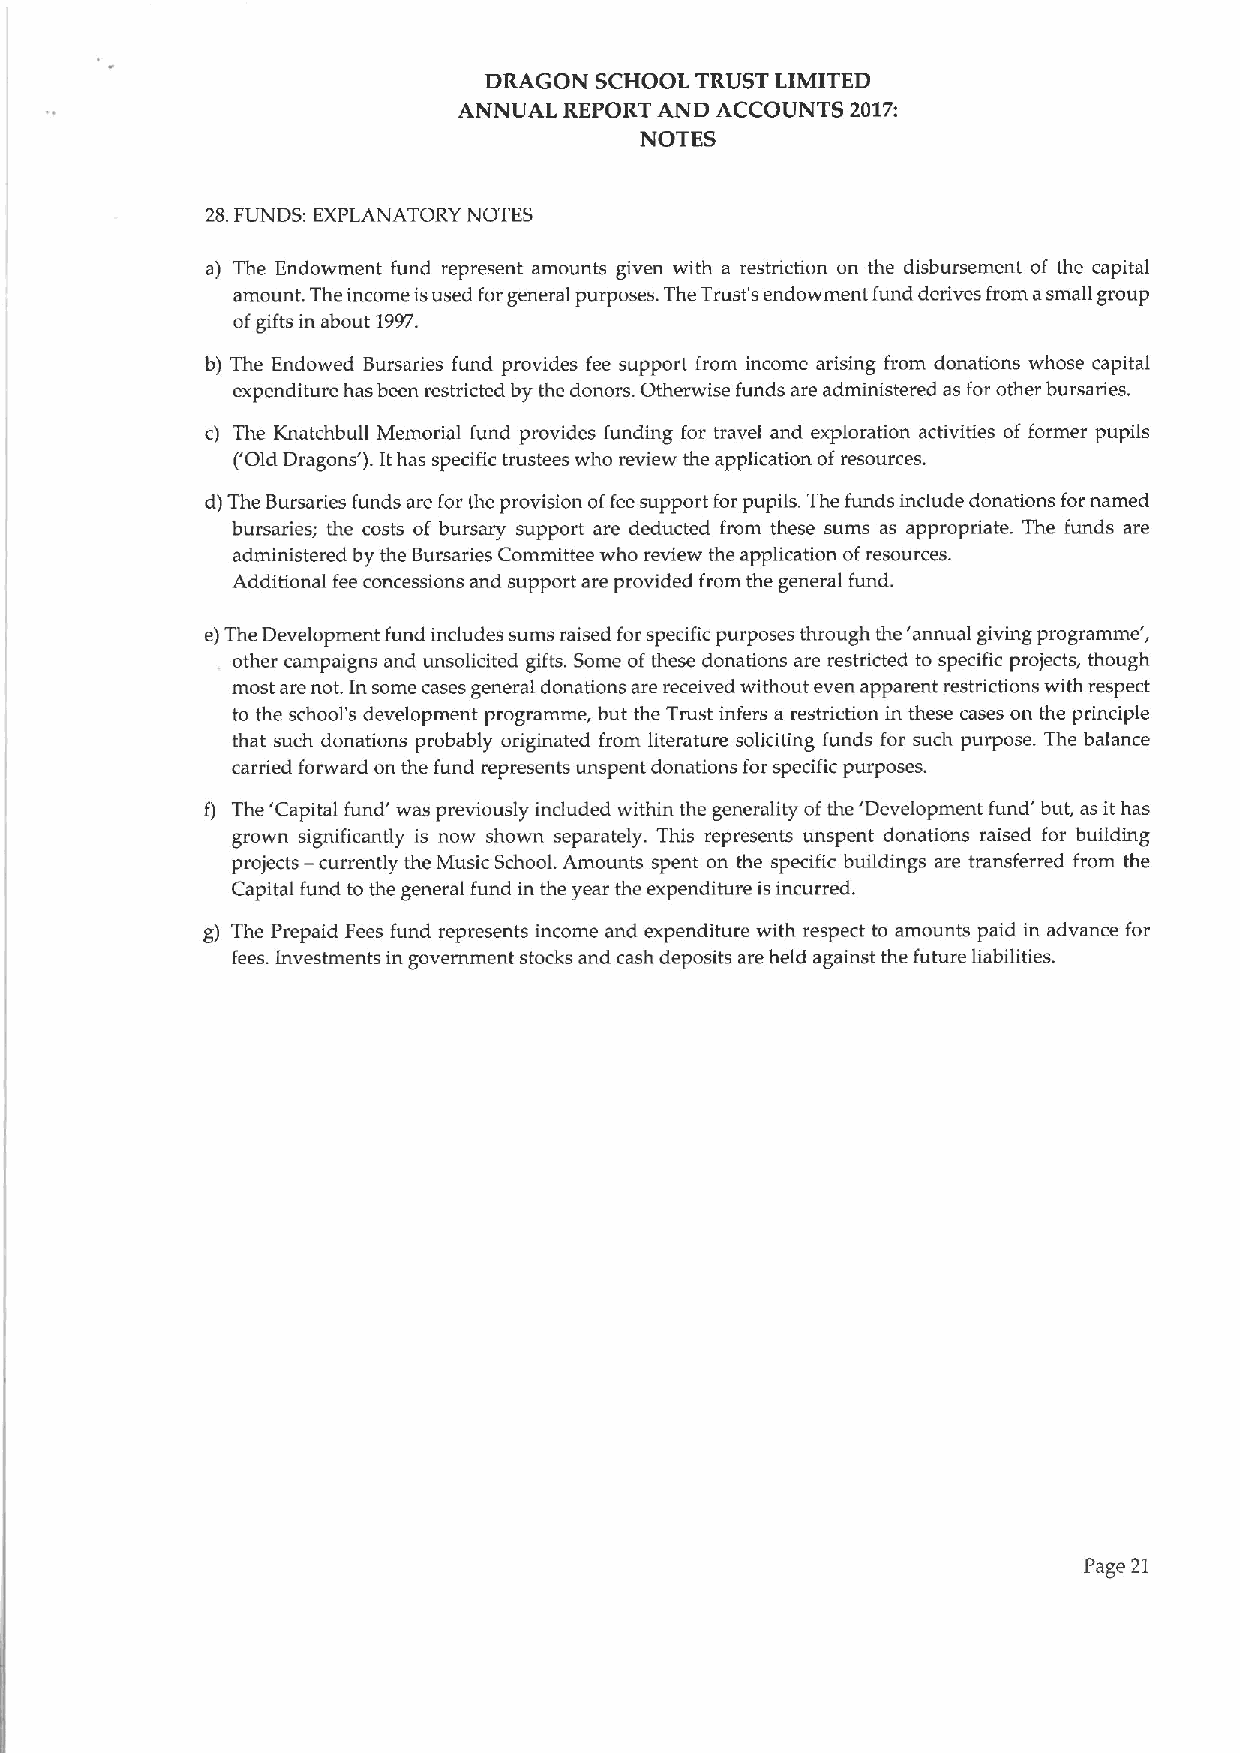
DRAGON SCHOOL TRUST LIMITED
 ANNUAL REPORT AND ACCOUNTS 2017:
 NOTES
 28.FUNDS: EXPLANATORY NOTES
 a) The Endowment fund represent amounts given with a restriction on the disbursement of the capital
 amount. The income isused forgeneral purposes. The Trust's endowment fund derives from asmall group
 ofgifts in about 1997.
 b) The Endowed Bursaries fund provides fee support from income arising from donations whose capital
 expenditure has been restricted by the donors. Otherwise funds are administered as for other bursaries.
 c) The Knatchbull Memorial fund provides funding for travel and exploration activities of former pupils
 ('Old Dragons' ).Ithas specific trustees who review the application ofresources.
 d)The Bursaries funds are for the provision offeesupport for pupils. The funds include donations fornamed
 bursaries; the costs of bursary support are deducted from these sums as appropriate. The funds are
 administered by the Bursaries Committee who review the application ofresources.
 Additional fee concessions and support are provided from the general fund.
 e)The Development fund includes sums raised for specific purposes through the 'annual giving programme',
 other campaigns and unsolicited gifts. Some ofthese donations are restricted to specific projects, though
 most are not. In some cases general donations are received without even apparent restrictions with respect
 to the school's development programme, but the Trust infers a restriction in these cases on the principle
 that such donations probably originated from literature soliciting funds for such purpose. The balance
 carried forward on the fund represents unspent donations for specific purposes.
 f) The 'Capital fund' was previously included within the generality ofthe 'Development fund' but, as ithas
 grown significantly is now shown separately. This represents unspent donations raised for building
 projects —currently the Music School. Amounts spent on the specific buildings are transferred from the
 Capital fund to the general fund in the year the expenditure is incurred.
 g) The Prepaid Fees fund represents income and expenditure with respect to amounts paid in advance for
 fees. Investments in government stocks and cash deposits are held against the future liabilities.
 Page 21